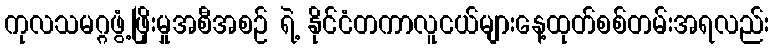
ကုလသမဂ္ဂဖွံ့ဖြိုးမှုအစီအစဉ် ရဲ့ နိုင်ငံတကာလူငယ်များနေ့ထုတ်စစ်တမ်းအရလည်း